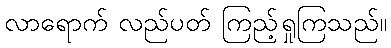
လာရောက် လည်ပတ် ကြည့်ရှုကြသည်။